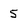
Character: 5